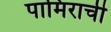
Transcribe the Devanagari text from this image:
पामिराची